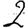
Digit: 2